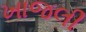
ખાજલી